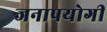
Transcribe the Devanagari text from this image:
जनापयोगी